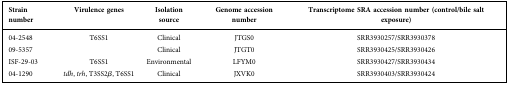
| Strain number | Virulence genes | Isolation source | Genome accession number | Transcriptome SRA accession number (control/bile salt exposure) |
 | --- | --- | --- | --- | --- |
 | 04-2548 | T6SS1 | Clinical | JTGS0 | SRR3930257/SRR3930378 |
 | 09-5357 |  | Clinical | JTGT0 | SRR3930425/SRR3930426 |
 | ISF-29-03 | T6SS1 | Environmental | LFYM0 | SRR3930427/SRR3930434 |
 | 04-1290 | tdh, trh, T3SS2β, T6SS1 | Clinical | JXVK0 | SRR3930403/SRR3930424 |